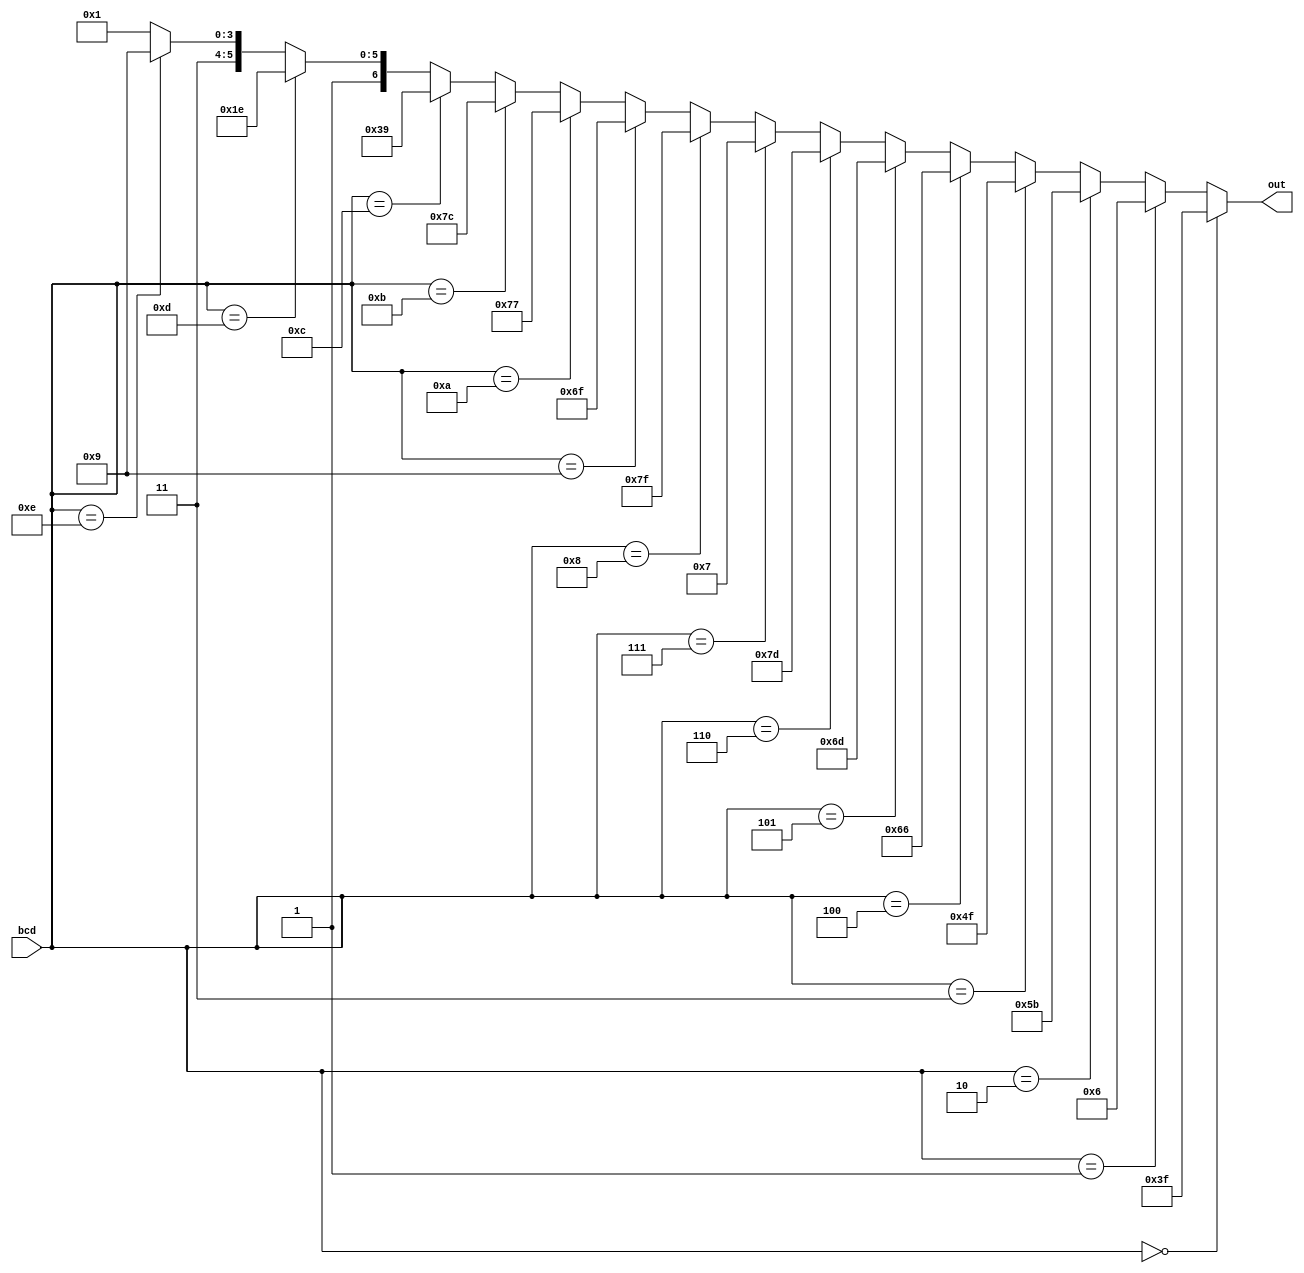
`timescale 1ns / 1ps

module bcd_decoder(
    input [3:0] bcd,
    output [6:0] out
    );
	 
	assign out = bcd == 4'd0 ? 7'b0111111 :
					 bcd == 4'd1 ? 7'b0000110 :
					 bcd == 4'd2 ? 7'b1011011 :
					 bcd == 4'd3 ? 7'b1001111 :
					 bcd == 4'd4 ? 7'b1100110 :
					 bcd == 4'd5 ? 7'b1101101 :
					 bcd == 4'd6 ? 7'b1111101 :
					 bcd == 4'd7 ? 7'b0000111 :
					 bcd == 4'd8 ? 7'b1111111 :
					 bcd == 4'd9 ? 7'b1101111 :
					 bcd == 4'd10 ? 7'b1110111 :
					 bcd == 4'd11 ? 7'b1111100 :
					 bcd == 4'd12 ? 7'b0111001 :
					 bcd == 4'd13 ? 7'b1011110 :
					 bcd == 4'd14 ? 7'b1111001 :
					 7'b1110001;

endmodule